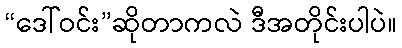
“ဒေါ်ဝင်း”ဆိုတာကလဲ ဒီအတိုင်းပါပဲ။